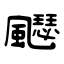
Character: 飋